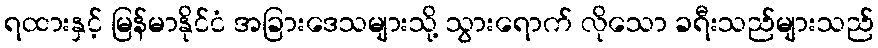
ရထားနှင့် မြန်မာနိုင်ငံ အခြားဒေသများသို့ သွားရောက် လိုသော ခရီးသည်များသည်